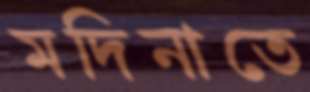
মদিনাতে